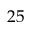
2 5